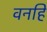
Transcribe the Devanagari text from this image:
वनहिं